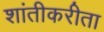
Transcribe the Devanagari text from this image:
शांतीकरीता